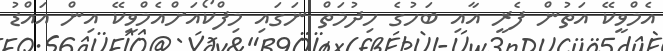
އެމްވީކޭ އަތުން ފެރީ އާއި ބަހުގެ ހިދުމަތް ނަގައި މިފްކޯއަށްއެމްވީކޭ އިން އައްޑު